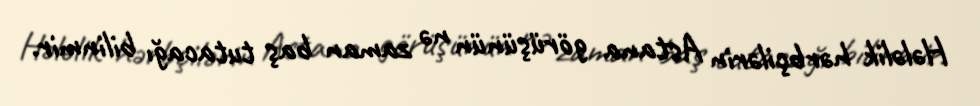
Hələlik hərbçilərin Astana görüşünün nə zaman baş tutacağı bilinmir.